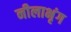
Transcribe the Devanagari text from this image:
नीलाभृंग